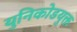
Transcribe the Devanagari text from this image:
युनिकोडयुक्त